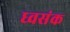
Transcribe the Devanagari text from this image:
ध्वसंक